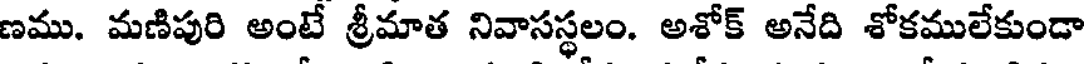
ణము. మణిపురి అంటే శ్రీమాత నివాసస్థలం. అశోక్ అనేది శోకములేకుండా